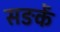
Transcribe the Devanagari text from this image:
सङकें